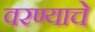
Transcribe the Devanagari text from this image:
वरण्याचे